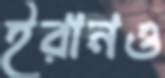
ইরানও